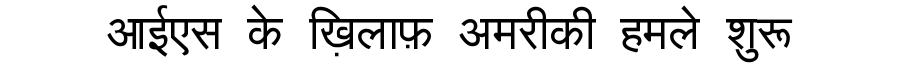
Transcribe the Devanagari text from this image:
आईएस के ख़िलाफ़ अमरीकी हमले शुरू